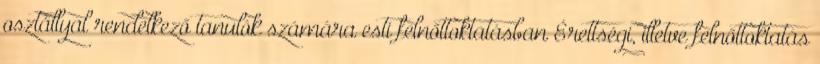
osztállyal rendelkező tanulók számára esti felnőttoktatásban Érettségi, illetve felnőttoktatás